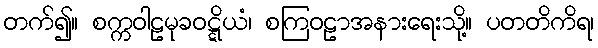
တက်၍။ စက္ကဝါဠမုခဝဋ္ဋိယံ၊ စကြဝဠာအနားရေးသို့။ ပတတိကိရ၊